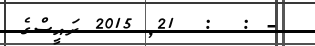
- :  :  21